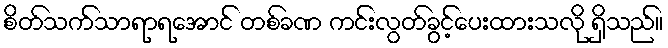
စိတ်သက်သာရာရအောင် တစ်ခဏ ကင်းလွတ်ခွင့်ပေးထားသလို ရှိသည်။